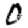
Digit: 0